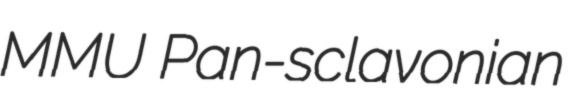
MMU Pan-sclavonian